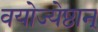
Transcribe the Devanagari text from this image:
वयोज्येष्ठान्‌